Vaccination in Bombay 1874-1876 - 1874-1876
Year: 1874
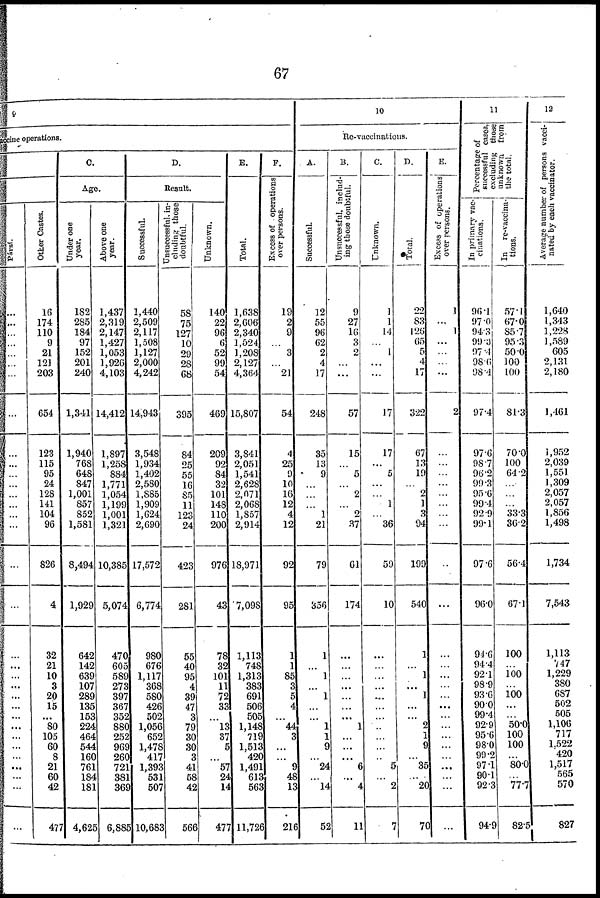
67
9
vaccine operations.
Pársí.
...
...
...
...
...
...
...
...
...
...
...
...
...
...
...
...
...
...
...
...
...
...
...
...
...
...
...
...
...
...
...
...
...
Other Castes.
16
174
110
9
21
121
203
654
123
115
95
24
128
141
104
96
826
4
32
21
10
3
20
15
...
80
105
60
8
21
60
42
477
C.
Age.
Under one
year.
182
285
184
97
152
201
240
1,341
1,940
76S
648
847
1,001
857
852
1,581
8,494
1,929
642
142
639
107
289
135
153
224
464
544
160
761
184
181
4,625
Above one
year.
1,437
2,319
2,147
1,427
1,053
1,926
4,103
14,412
1,897
1,258
884
1,771
1,054
1,199
1,001
1,321
10,385
5,074
470
605
589
273
397
367
352
880
252
969
260
721
381
369
6,885
D.
Result.
Successful.
1,440
2,509
2,117
1,508
1,127
2,000
4,242
14,943
3,548
1,934
1,402
2,580
1,885
1,909
1,624
2,690
17,572
6,774
980
676
1,117
368
580
426
502
1,056
652
1,478
417
1,393
531
507
10,683
Unsuccessful, in-
cluding those
doubtful.
58
75
127
10
29
28
68
395
84
25
55
16
85
11
123
24
423
281
55
40
95
4
39
47
3
79
30
30
3
41
58
42
566
Unknown.
140
22
96
6
52
99
54
469
209
92
84
32
101
148
110
200
976
43
78
32
101
11
72
33
...
13
37
5
...
57
24
14
477
E.
Total.
1,638
2,606
2,340
1,524
1,208
2,127
4,364
5,807
3,841
2,051
1,541
2,628
2,071
2,068
1,857
2,914
18,971
7,098
1,113
748
1,313
383
691
506
505
1,148
719
1,513
420
1,491
613
563
11,726
F.
Excess of operations
over persons.
19
2
9
...
3
...
21
54
4
25
9
10
16
12
4
12
92
95
1
1
85
3
5
4
...
44
3
...
...
9
48
13
216
10
Re-vaccinations.
A.
Successful.
12
55
96
62
2
4
17
248
35
13
9
...
...
...
1
21
79
356
1
...
1
...
1
...
...
1
1
9
...
24
...
14
52
B.
Unsuccessful, includ-
ing those doubtful.
9
27
16
3
2
...
...
57
15
...
5
...
2
...
2
37
61
174
...
...
...
...
...
...
...
1
...
...
...
6
...
4
11
C.
Unknown.
1
1
14
...
1
...
...
17
17
...
5
...
...
1
...
36
59
10
...
...
...
...
...
...
...
...
...
...
...
5
...
2
7
D.
Total.
22
83
126
65
5
4
17
322
67
13
19
...
2
1
3
94
199
540
1
...
1
...
1
...
...
2
1
9
...
35
...
20
70
E.
Excess of operations
over persons.
1
...
1
...
...
...
...
2
...
...
...
...
...
...
...
...
...
...
...
...
...
...
...
...
...
...
...
...
...
...
...
...
...
11
Percentage of
successful case,
excluding those
unknown from
the total.
In primary vac-
cinations.
96.1
97.0
94.3
99.3
97.4
98.6
98.4
97.4
97.6
98.7
96.2
99.3
95.6
99.4
92.9
99.1
97.6
96.0
94.6
94.4
92.1
98.9
93.6
90.0
99.4
92.9
95.6
98.0
99.2
97.1
90.1
92.3
94.9
I n re-vaccina-
tions.
57.1
67.0
85.7
95.3
50.0
100
100
81.3
70.0
100
64.2
...
...
...
33.3
36.2
56.4
67.1
100
...
100
...
100
...
...
50.0
100
100
...
80.0
...
77.7
82.5
12
Average number of persons vacci¬
nated by each vaccinator.
1,640
1,343
1,228
1,589
605
2,131
2,180
1,461
1,952
2,039
1,551
1,309
2,057
2,057
1,856
1,498
1,734
7,543
1,113
747
1,229
380
687
502
505
1,106
717
1,522
420
1,517
565
570
827